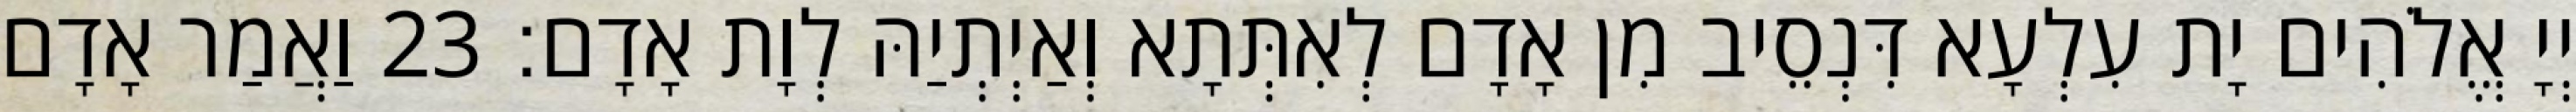
יְיָ אֱלֹהִים יָת עִלְעָא דִּנְסֵיב מִן אָדָם לְאִתְּתָא וְאַיְתְיַהּ לְוָת אָדָם׃ 23 וַאֲמַר אָדָם